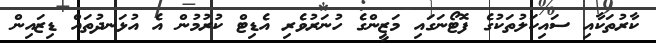
ކާރުތަކާއި ސައިކަލުތަކުގެ ފޮޓޯނަގައި މަޒީންގެ ހުނަރުވެރި އެޑިޓް ކުރުމުން އެ އުޅަނދުތައް ޑިޒައިން